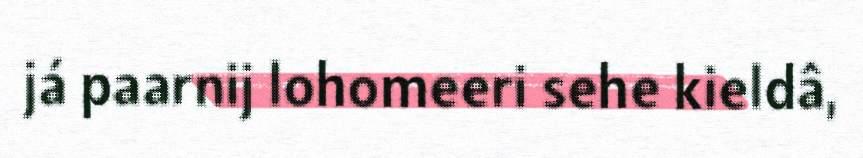
já paarnij lohomeeri sehe kieldâ,